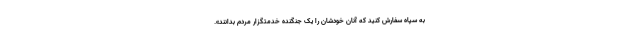
به سپاه سفارش کنید که آنان خودشان را یک جنگنده خدمتگزار مردم بدانند».